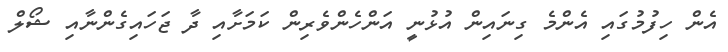
އެން ހިފުމުގައި އެންމެ ގިނައިން އުޅުނީ އަންހެންވެރިން ކަމަށާއި ދާ ޖަހައިގެންނާއި ޝޯލް